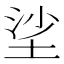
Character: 𡋷